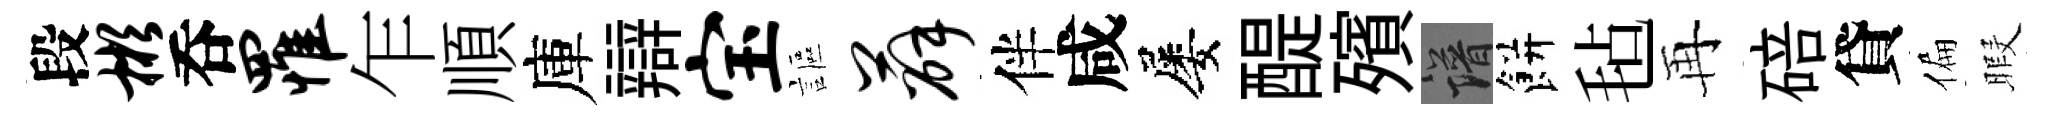
段彬呑罹乍順庫辯宝謳薛伴咸屡醍殯譜餅毡再碚貸偏暇